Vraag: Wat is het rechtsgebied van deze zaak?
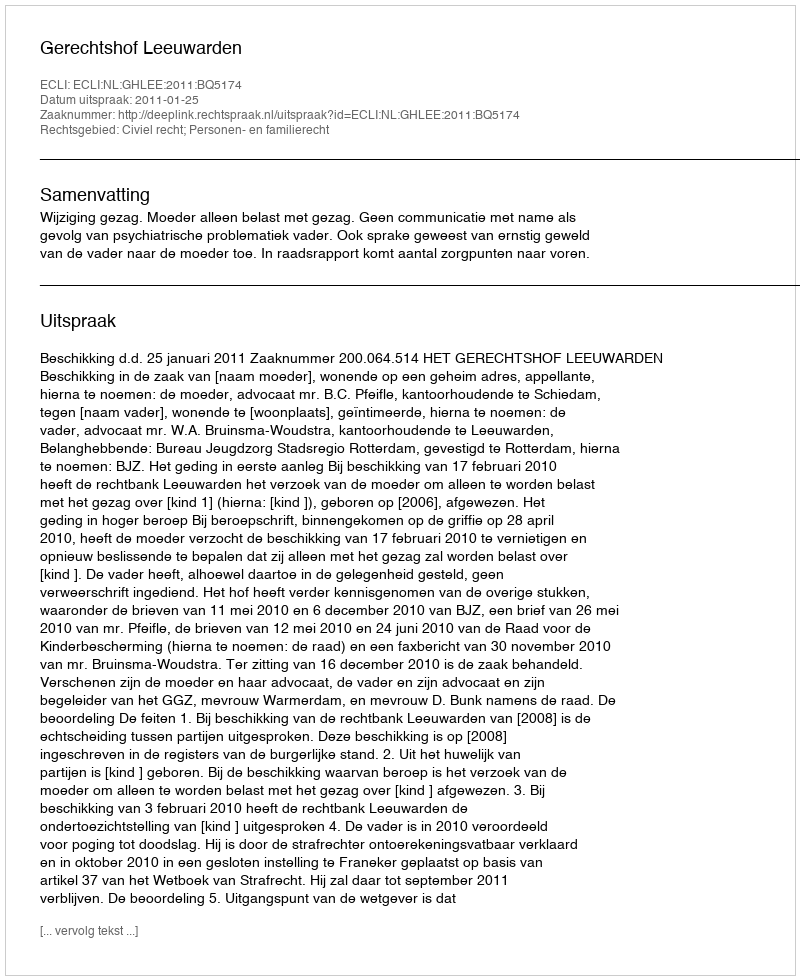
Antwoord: Civiel recht; Personen- en familierecht